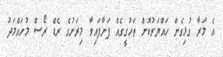
އެ މަރާ ގުޅިގެން ހައްޔަރުކޮށް ތަހުގީގެއް ފަށާފައިވާ މިރަށުގެ ރެޑް ރޯސް މުހައްމަދު